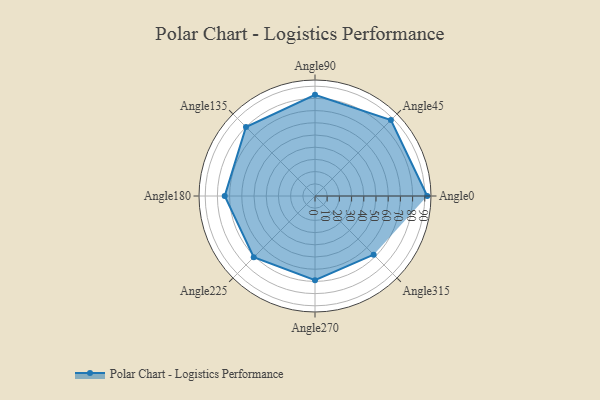
{"axis": {"x": "Angle", "y": "Radius"}, "legend": [""], "data": [{"x": "Angle0", "y": 92.0, "type": ""}, {"x": "Angle45", "y": 88.0, "type": ""}, {"x": "Angle90", "y": 83.0, "type": ""}, {"x": "Angle135", "y": 80.0, "type": ""}, {"x": "Angle180", "y": 74.0, "type": ""}, {"x": "Angle225", "y": 71.0, "type": ""}, {"x": "Angle270", "y": 69.0, "type": ""}, {"x": "Angle315", "y": 68.0, "type": ""}]}